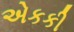
એકકી